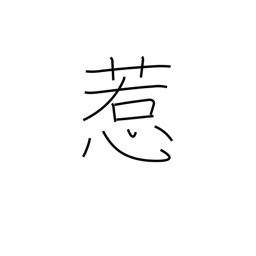
Meaning: captivate